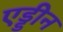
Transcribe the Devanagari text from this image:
एड्डीन